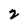
Character: 2